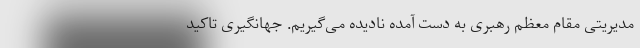
مدیریتی مقام معظم رهبری به دست آمده نادیده می‌گیریم. جهانگیری تاکید